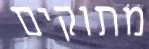
מתוקים